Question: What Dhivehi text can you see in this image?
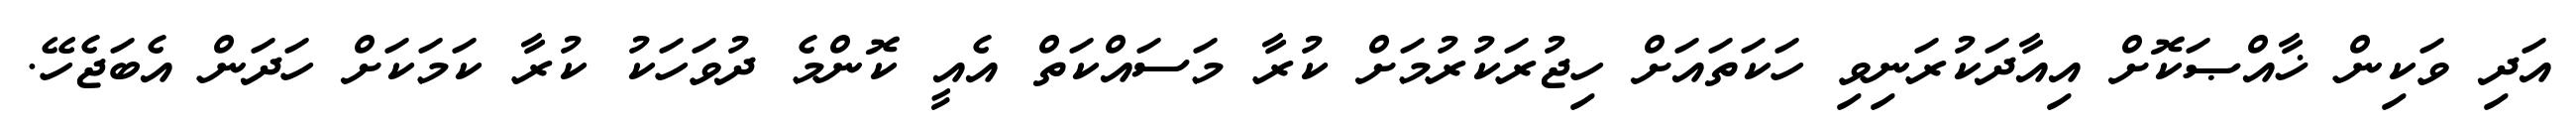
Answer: އަދި ވަކިން ޚާއްޞަކޮށް އިއާދަކުރަނިވި ހަކަތައަށް ހިޖުރަކުރުމަށް ކުރާ މަސައްކަތް އެއީ ކޮންމެ ދުވަހަކު ކުރާ ކަމަކަށް ހަދަން އެބަޖެހޭ.